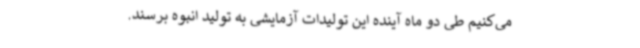
می‌کنیم طی دو ماه آینده این تولیدات آزمایشی به تولید انبوه برسند.